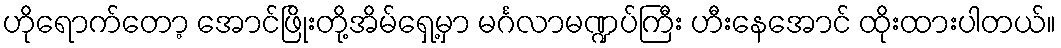
ဟိုရောက်တော့ အောင်ဖြိုးတို့အိမ်ရှေ့မှာ မင်္ဂလာမဏ္ဍပ်ကြီး ဟီးနေအောင် ထိုးထားပါတယ်။